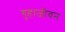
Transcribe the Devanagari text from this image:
गुहाजीवन